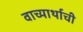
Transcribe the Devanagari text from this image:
वाच्यार्थाची